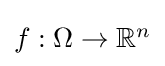
\textstyle f:\Omega \to \mathbb {R} ^{n}